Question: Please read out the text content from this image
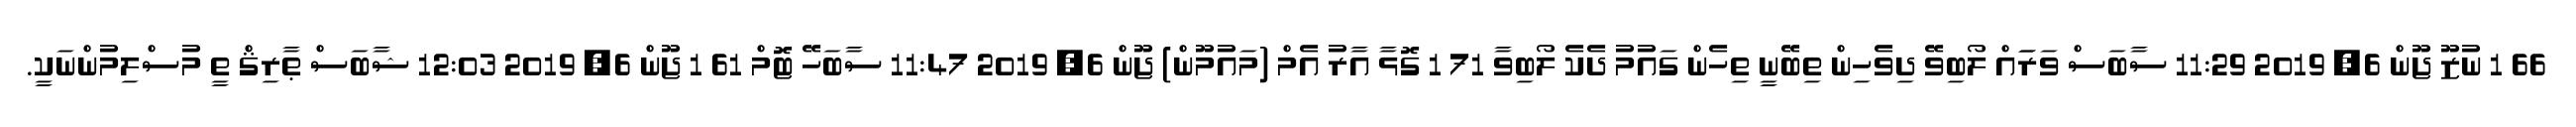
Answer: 66 1 ނުޒޫ ޖޫން 6, 2019 11:29 ސާބަސް ވަރަައް ލޯބިވޭ ދިވެހިން ތިބޭނީ ތިހެން ގައުމު ދެކެ ލޯބިވާ 71 1 ގޮޅާ އާރު އެމް (މައުމޫން) ޖޫން 6, 2019 11:47 ސާބަހޭ ޓޮމް 61 1 ޖޫން 6, 2019 12:03 ޝާބަސް ޠާރިޤް ތީ މުސްލިމުންނަކީ.